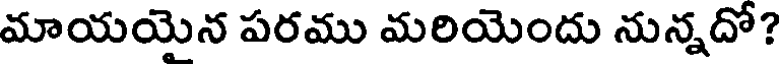
మాయయెన పరము మరియెందు నున్నదో?